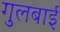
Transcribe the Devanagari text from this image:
गुलबाई